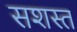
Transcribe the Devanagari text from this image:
सशस्त